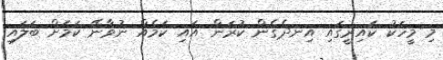
މި މީހަކު ކައިރީގައި އިނދެގެން ކުރަން އައި ކަމެއް ނުވާނޭ ކަމަށް ބަލައި